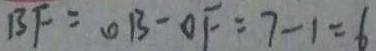
B F = O B - O F = 7 - 1 = 6